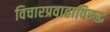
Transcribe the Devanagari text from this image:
विचारप्रवाहाविरुद्ध